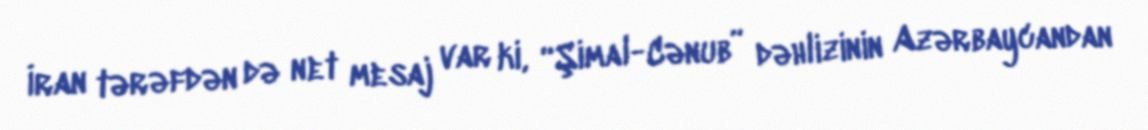
İran tərəfdən də net mesaj var ki, “Şimal-Cənub” dəhlizinin Azərbaycandan